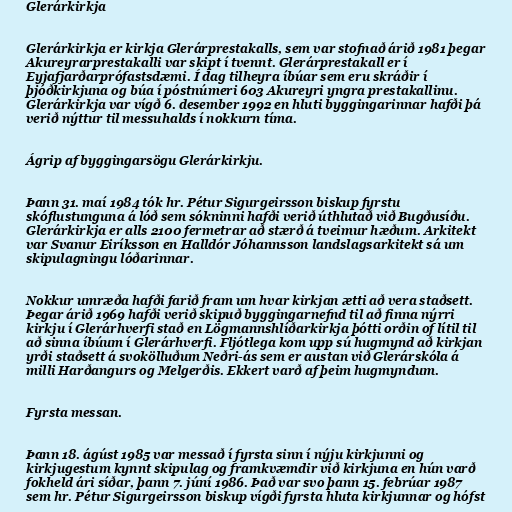
Glerárkirkja

Glerárkirkja er kirkja Glerárprestakalls, sem var stofnað árið 1981 þegar
Akureyrarprestakalli var skipt í tvennt. Glerárprestakall er í
Eyjafjarðarprófastsdæmi. Í dag tilheyra íbúar sem eru skráðir í
þjóðkirkjuna og búa í póstnúmeri 603 Akureyri yngra prestakallinu.
Glerárkirkja var vígð 6. desember 1992 en hluti byggingarinnar hafði þá
verið nýttur til messuhalds í nokkurn tíma.

Ágrip af byggingarsögu Glerárkirkju.

Þann 31. maí 1984 tók hr. Pétur Sigurgeirsson biskup fyrstu
skóflustunguna á lóð sem sókninni hafði verið úthlutað við Bugðusíðu.
Glerárkirkja er alls 2100 fermetrar að stærð á tveimur hæðum. Arkitekt
var Svanur Eiríksson en Halldór Jóhannsson landslagsarkitekt sá um
skipulagningu lóðarinnar.

Nokkur umræða hafði farið fram um hvar kirkjan ætti að vera staðsett.
Þegar árið 1969 hafði verið skipuð byggingarnefnd til að finna nýrri
kirkju í Glerárhverfi stað en Lögmannshlíðarkirkja þótti orðin of lítil til
að sinna íbúum í Glerárhverfi. Fljótlega kom upp sú hugmynd að kirkjan
yrði staðsett á svokölluðum Neðri-ás sem er austan við Glerárskóla á
milli Harðangurs og Melgerðis. Ekkert varð af þeim hugmyndum.

Fyrsta messan.

Þann 18. ágúst 1985 var messað í fyrsta sinn í nýju kirkjunni og
kirkjugestum kynnt skipulag og framkvæmdir við kirkjuna en hún varð
fokheld ári síðar, þann 7. júní 1986. Það var svo þann 15. febrúar 1987
sem hr. Pétur Sigurgeirsson biskup vígði fyrsta hluta kirkjunnar og hófst